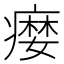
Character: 𤹴